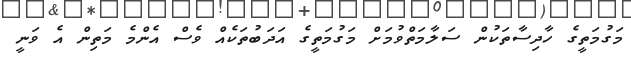
މަގުމަތީގެ ހާދިސާތަކުން ސަލާމަތްވުމަށް މަގުމަތީގެ އަދަބުތަކެއް ވެސް އެންމެ މަތިން އެ ވަނީ